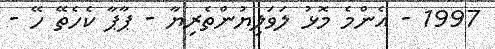
1997 - އެންމެ މޮޅު ލަވަލިޔުންތެރިޔާ - ޕާޕާ ކެހެތޭ ހޭ -